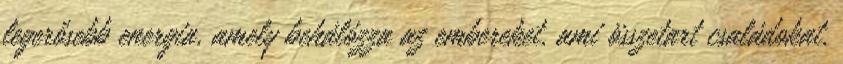
legerősebb energia, amely behálózza az embereket, ami összetart családokat,